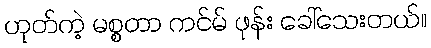
ဟုတ်ကဲ့ မစ္စတာ ကင်မ် ဖုန်း ခေါ်သေးတယ်။